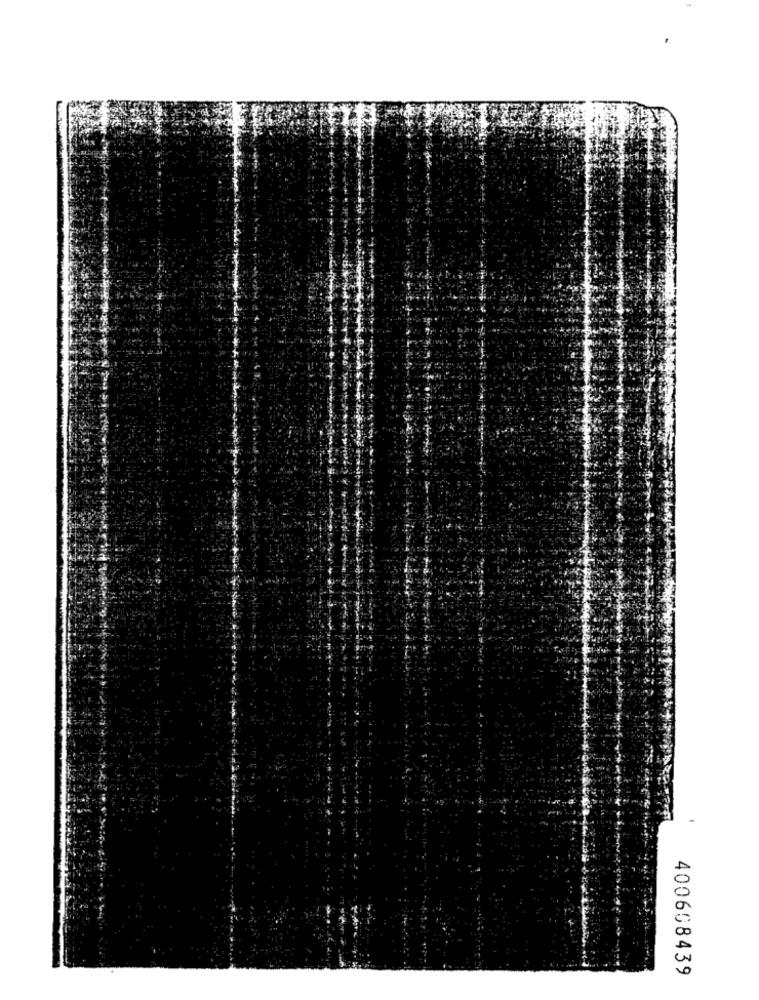
400608439